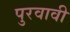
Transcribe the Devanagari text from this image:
पुरवावी